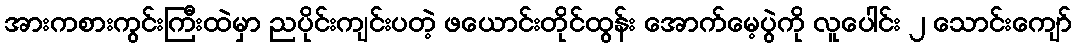
အားကစားကွင်းကြီးထဲမှာ ညပိုင်းကျင်းပတဲ့ ဖယောင်းတိုင်ထွန်း အောက်မေ့ပွဲကို လူပေါင်း ၂ သောင်းကျော်